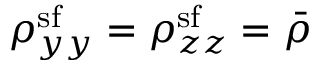
\rho _ { y y } ^ { \mathrm { s f } } = \rho _ { z z } ^ { \mathrm { s f } } = \bar { \rho }